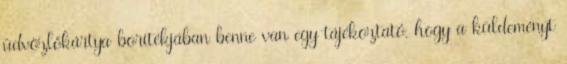
üdvözlőkártya borítékjában benne van egy tájékoztató, hogy a küldeményt